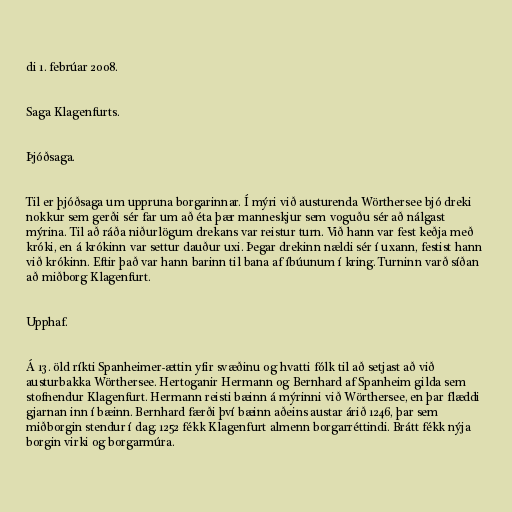
di 1. febrúar 2008.

Saga Klagenfurts.

Þjóðsaga.

Til er þjóðsaga um uppruna borgarinnar. Í mýri við austurenda Wörthersee bjó dreki
nokkur sem gerði sér far um að éta þær manneskjur sem voguðu sér að nálgast
mýrina. Til að ráða niðurlögum drekans var reistur turn. Við hann var fest keðja með
króki, en á krókinn var settur dauður uxi. Þegar drekinn nældi sér í uxann, festist hann
við krókinn. Eftir það var hann barinn til bana af íbúunum í kring. Turninn varð síðan
að miðborg Klagenfurt.

Upphaf.

Á 13. öld ríkti Spanheimer-ættin yfir svæðinu og hvatti fólk til að setjast að við
austurbakka Wörthersee. Hertoganir Hermann og Bernhard af Spanheim gilda sem
stofnendur Klagenfurt. Hermann reisti bæinn á mýrinni við Wörthersee, en þar flæddi
gjarnan inn í bæinn. Bernhard færði því bæinn aðeins austar árið 1246, þar sem
miðborgin stendur í dag. 1252 fékk Klagenfurt almenn borgarréttindi. Brátt fékk nýja
borgin virki og borgarmúra.